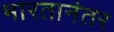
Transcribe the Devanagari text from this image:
भारतानंतर